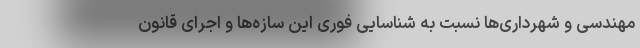
مهندسی و شهرداری‌ها نسبت به شناسایی فوری این سازه‌ها و اجرای قانون